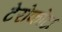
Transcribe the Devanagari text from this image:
टेरोकोटा